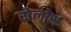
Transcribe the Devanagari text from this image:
सेलोर्स